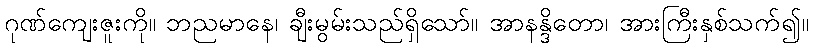
ဂုဏ်ကျေးဇူးကို။ ဘညမာနေ၊ ချီးမွမ်းသည်ရှိသော်။ အာနန္ဒိတော၊ အားကြီးနှစ်သက်၍။